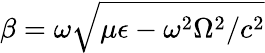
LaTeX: \beta=\omega\sqrt{\mu\epsilon-\omega^{2}\Omega^{2}/c^{2}}